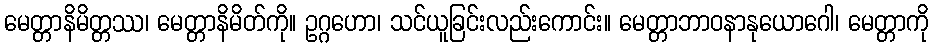
မေတ္တာနိမိတ္တဿ၊ မေတ္တာနိမိတ်ကို။ ဥဂ္ဂဟော၊ သင်ယူခြင်းလည်းကောင်း။ မေတ္တာဘာဝနာနုယောဂေါ၊ မေတ္တာကို